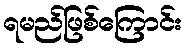
ရမည်ဖြစ်ကြောင်း